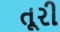
તૂરી